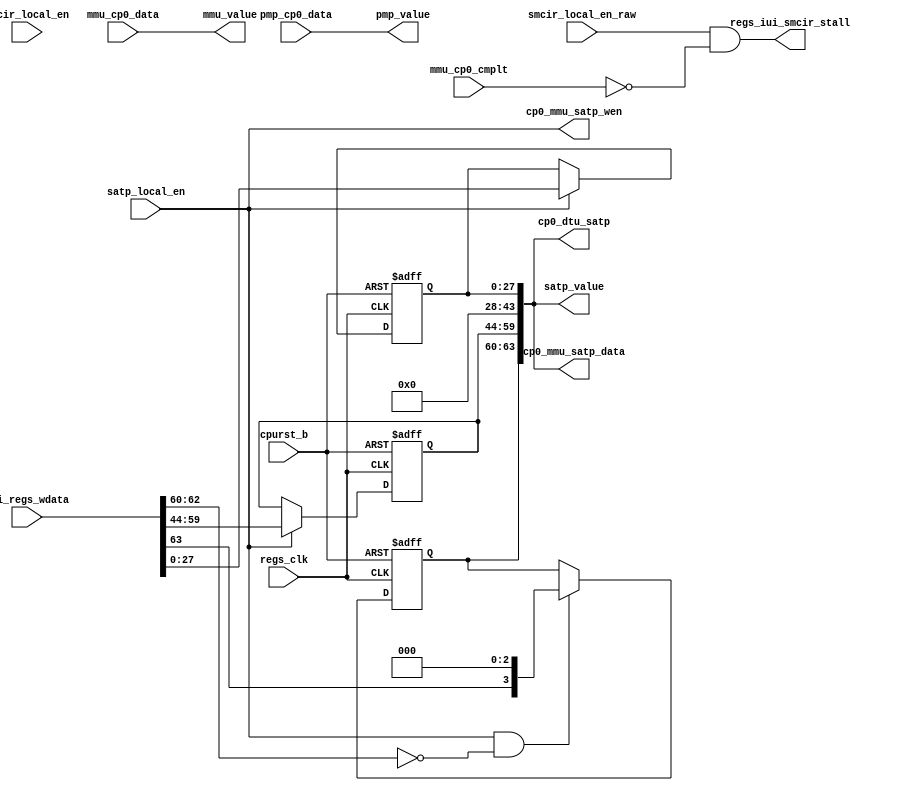
/*Copyright 2020-2021 T-Head Semiconductor Co., Ltd.

Licensed under the Apache License, Version 2.0 (the "License");
you may not use this file except in compliance with the License.
You may obtain a copy of the License at

    http://www.apache.org/licenses/LICENSE-2.0

Unless required by applicable law or agreed to in writing, software
distributed under the License is distributed on an "AS IS" BASIS,
WITHOUT WARRANTIES OR CONDITIONS OF ANY KIND, either express or implied.
See the License for the specific language governing permissions and
limitations under the License.
*/

// &ModuleBeg; @23
module aq_cp0_prtc_csr(
  cp0_dtu_satp,
  cp0_mmu_satp_data,
  cp0_mmu_satp_wen,
  cpurst_b,
  iui_regs_wdata,
  mmu_cp0_cmplt,
  mmu_cp0_data,
  mmu_value,
  pmp_cp0_data,
  pmp_value,
  regs_clk,
  regs_iui_smcir_stall,
  satp_local_en,
  satp_value,
  smcir_local_en,
  smcir_local_en_raw
);


// &Ports; @25
input           cpurst_b;            
input   [63:0]  iui_regs_wdata;      
input           mmu_cp0_cmplt;       
input   [63:0]  mmu_cp0_data;        
input   [63:0]  pmp_cp0_data;        
input           regs_clk;            
input           satp_local_en;       
input           smcir_local_en;      
input           smcir_local_en_raw;  
output  [63:0]  cp0_dtu_satp;        
output  [63:0]  cp0_mmu_satp_data;   
output          cp0_mmu_satp_wen;    
output  [63:0]  mmu_value;           
output  [63:0]  pmp_value;           
output          regs_iui_smcir_stall; 
output  [63:0]  satp_value;          

// &Regs; @26
reg     [15:0]  satp_asid;           
reg     [3 :0]  satp_mode;           
reg     [27:0]  satp_ppn;            

// &Wires; @27
wire    [63:0]  cp0_dtu_satp;        
wire    [63:0]  cp0_mmu_satp_data;   
wire            cp0_mmu_satp_wen;    
wire            cpurst_b;            
wire    [63:0]  iui_regs_wdata;      
wire            mmu_cp0_cmplt;       
wire    [63:0]  mmu_cp0_data;        
wire    [63:0]  mmu_value;           
wire    [63:0]  pmp_cp0_data;        
wire    [63:0]  pmp_value;           
wire            regs_clk;            
wire            regs_iui_smcir_stall; 
wire            satp_local_en;       
wire    [63:0]  satp_value;          
wire            smcir_local_en_raw;  



//==========================================================
//                Protection and Translation
//==========================================================
//----------------------------------------------------------
//            Machine Protection and Translation
//----------------------------------------------------------
// |------------|---------------------|--------------------|
// |    Name    |    Description      |        Note        |
// |------------|---------------------|--------------------|
// | pmpcfg0    | PMP configuration.  |                    |
// | pmpcfg2    | PMP configuration.  |                    |
// | pmpaddr0-15| PMP addr.           |                    |
// |------------|---------------------|--------------------|
// CSR above is instanced in PMP.

//----------------------------------------------------------
//          Supervisor Protection and Translation
//----------------------------------------------------------
// |------------|---------------------|--------------------|
// |    Name    |    Description      |        Note        |
// |------------|---------------------|--------------------|
// | satp       | S addr.             |                    |
// |------------|---------------------|--------------------|

//----------------------------------------------------------
//            Supervisor MMU Control and Status
//----------------------------------------------------------
// |------------|---------------------|--------------------|
// |    Name    |    Description      |        Note        |
// |------------|---------------------|--------------------|
// | smcir      | MMU control         | T-Head Extension   |
// | smir       | MMU index           | T-Head Extension   |
// | smeh       | MMU entry high      | T-Head Extension   |
// | smel       | MMU entry low       | T-Head Extension   |
// |------------|---------------------|--------------------|
// CSR above is instanced in MMU

parameter VPN_WIDTH  = 39-12;  // VPN
parameter PPN_WIDTH  = 40-12;  // PPN
parameter FLG_WIDTH  = 14;     // Flags
parameter PGS_WIDTH  = 3;      // Page Size
parameter ASID_WIDTH = 16;     // Flags
//==========================================================
//              Define of PMPCFGx and PMPADDRx
//==========================================================
assign pmp_value[63:0] = pmp_cp0_data[63:0];

//==========================================================
//                      Define of SATP
//==========================================================
//  the definiton for STAP register is listed as follows
//  =======================================================
//  |63  60|59        44|43        28|27                 0|
//  +------+------------+---------------------------------+
//  | Mode |    ASID    |  Reserved  |         PPN        |
//  =======================================================
always @(posedge regs_clk or negedge cpurst_b)
begin
  if(!cpurst_b)
    satp_mode[3:0]            <= {4{1'b0}};
  else if(satp_local_en && iui_regs_wdata[62:60] == 3'b0)
    satp_mode[3:0]            <= {iui_regs_wdata[63],3'b0};
end

always @(posedge regs_clk or negedge cpurst_b)
begin
  if(!cpurst_b)
  begin
    satp_asid[ASID_WIDTH-1:0] <= {ASID_WIDTH{1'b0}};
    satp_ppn[PPN_WIDTH-1:0]   <= {PPN_WIDTH{1'b0}};
  end
  else if(satp_local_en)
  begin
    satp_asid[ASID_WIDTH-1:0] <= iui_regs_wdata[59:44];
    satp_ppn[PPN_WIDTH-1:0]   <= iui_regs_wdata[PPN_WIDTH-1:0];
  end
end

assign satp_value[63:0] = {satp_mode[3:0],satp_asid[ASID_WIDTH-1:0],
                          16'b0,satp_ppn[PPN_WIDTH-1:0]};
// &Force("output", "satp_value"); &Force("bus", "satp_value", 63, 0); @110

//==========================================================
//             Define of MMU Control and Status
//==========================================================
assign mmu_value[63:0] = mmu_cp0_data[63:0];

//==========================================================
//                        MMU Stall
//==========================================================
assign regs_iui_smcir_stall = smcir_local_en_raw && !mmu_cp0_cmplt;
// &Force("input", "smcir_local_en"); @121

//==========================================================
//                          Output
//==========================================================
//----------------------------------------------------------
//                         For MMU
//----------------------------------------------------------
assign cp0_mmu_satp_data[63:0] = satp_value[63:0];
assign cp0_mmu_satp_wen        = satp_local_en;

//----------------------------------------------------------
//                         For DTU
//----------------------------------------------------------
assign cp0_dtu_satp[63:0]      = satp_value[63:0];

// &ModuleEnd; @137
endmodule